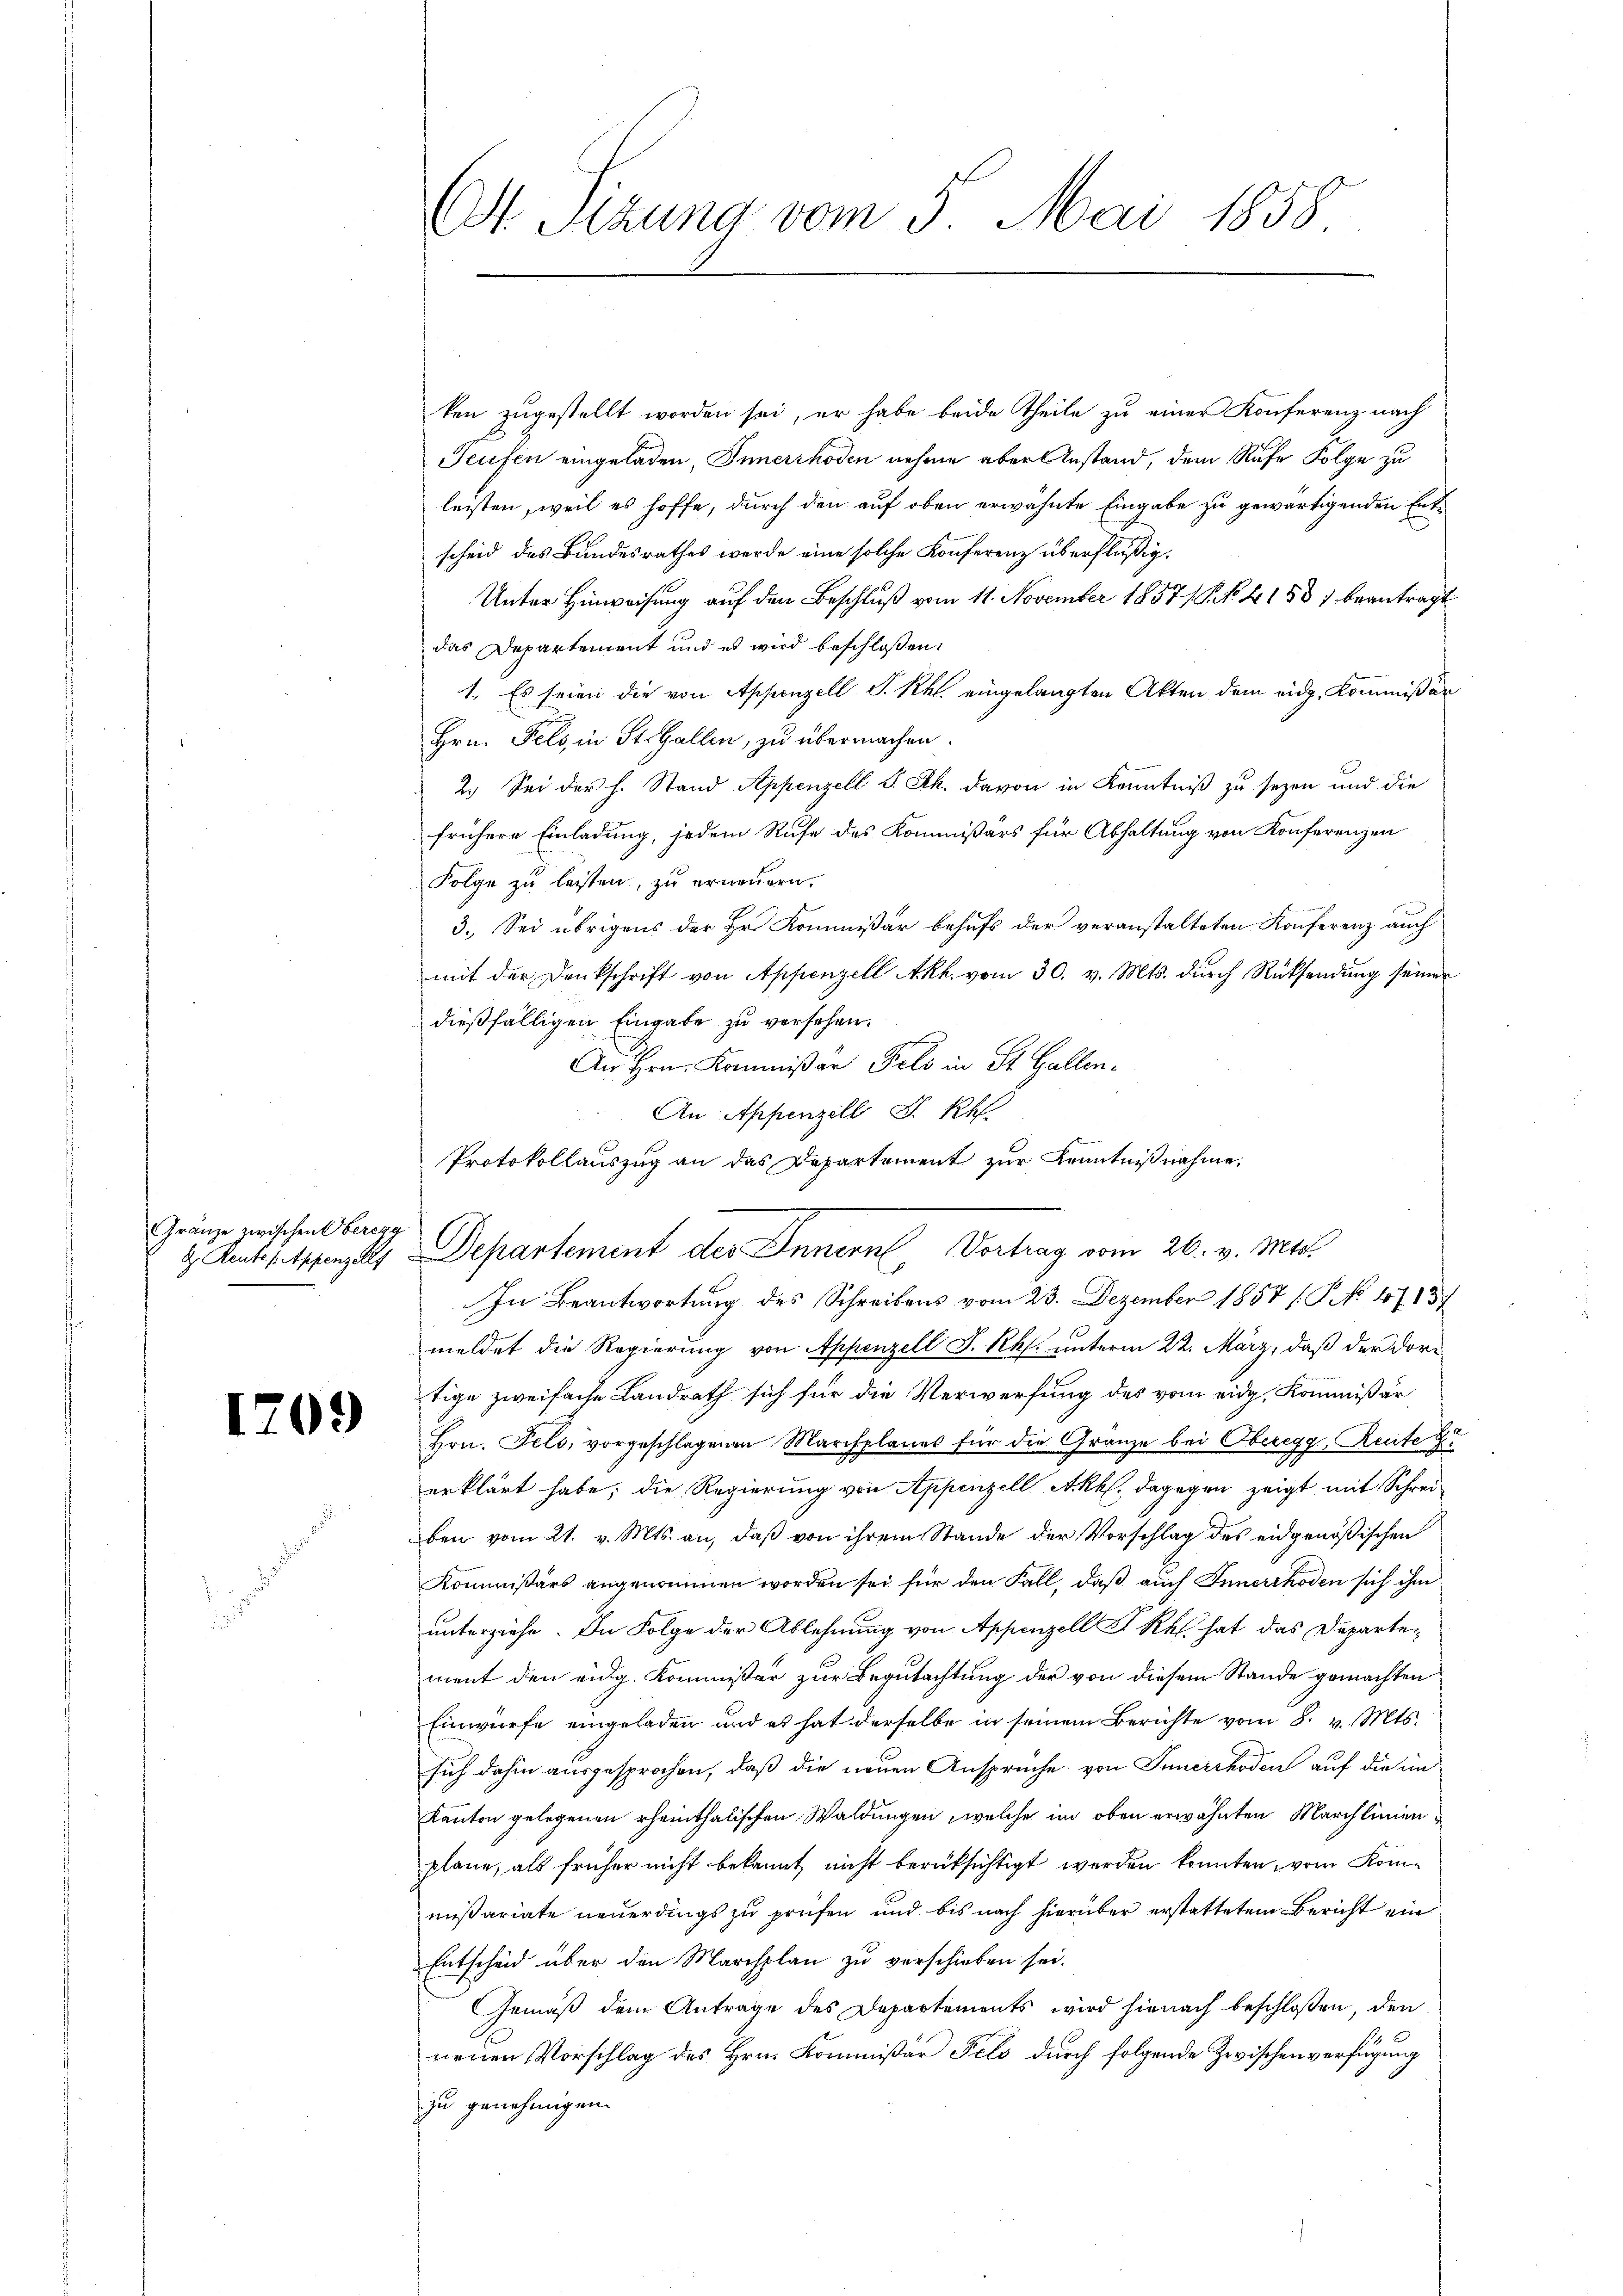
Gränze zwischen Oberegg

I

203

ken zugestellt worden sei, er habe beide Theile zu einer Konferenz nach
Teufen eingeladen, Innerrhoden nehme aber Anstand, dem Rufe Folge zu
leisten, weil es hoffe, durch den auf oben erwähnte Eingabe zu gewärtigenden Entscheid des Bundesrathes werde eine solche Konferenz überflüßig.
Unter Hinweisung auf den Beschluß vom 11. November 1857/ No. 41587 beantragt
das Departement und es wird beschlossen:
1. Es seien die von Appenzell S. Rh. eingelangten Akten dem eidg. Kommißär
Hrn. Feld, in St. Gallen, zu übermachen
2.) Sei der h. Stand Appenzell S. Rh. davon in Kenntniß zu seyen und die
frühere Einladung, jedem Rufe des Kommissärs für Abhaltung von Konferenzen
Folge zu leisten, zu erneuern.
3. Sei übrigens der Hr. Kommißär behufs der veranstalteten Konferenz auch
mit der Denkschrift von Appenzell Akh. vom 30. v. Mts. durch Rücksendung seiner
dießfälligen Eingabe zu versehen.
f
An Hrn. Kommißär Fels in St. Gallen-
An Appenzell S. Rh.
Protokollauszug an das Departement zur Kenntnißnahme,
In Beantwortung des Schreibens vom 23. Dezember 1857 /: P. No 47137
meldet die Regierung von Appenzell I. Rh. unterm 22. März, daß der dortige zweifache Landrath sich für die Verwerfung des vom eidg. Kommißär
Hrn. Feld, vorgeschlagenen Marchplanes für die Gränze bei Oberegg Reute zu
erklärt habe; die Regierung von Appenzell Akkl., dagegen zeigt mit Schreiben vom 21. v. Mts. an, daß von ihrem Stande der Vorschlag des eidgenößischen
Kommißärs angenommen worden sei für den Fall, daß auch Innerrhoden sich ihm
unterziehe. In Folge der Ablehnung von Appenzell A. R. hat das Departement den eidg. Kommissär zur Begutachtung der von diesem Stande gemachten
Einwürfe eingeladen und es hat derselbe in seinem Berichte vom 8. v. Mts.
sich dahin ausgesprochen, daß die neuen Ansprüche von Innerrhoden auf die ein
Kanton gelegenen rheinthalischen Waldungen, welche im oben erwähnten Marchlinienplane, als früher nicht bekannt nicht berüksichtigt werden konnten, vom Kommißariate neuerdings zu prüfen und bis nach hierüber erstattetem Bericht ein
Entscheid über den Marisplan zu verschieben sei.
Gemäß dem Antrage des Departements wird hienach beschlossen, den
neuen Vorschlag des Hrn. Kommißär Fels durch folgende Zwischen verfügung
zu genehmigen.

Ot. Sizung vom 5. Mai 1858

Lentstanzley Departement des Innern, Vortrag vom 26. v. Mts.